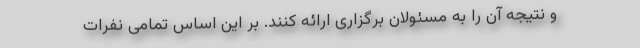
و نتیجه آن را به مسئولان برگزاری ارائه کنند. بر این اساس تمامی نفرات